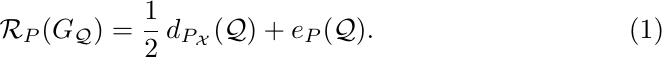
\begin{equation}
    \mathcal{R}_{P}(G_{\mathcal{Q}}) = \frac{1}{2}\,d_{P_{\mathcal{X}}}(\mathcal{Q}) + e_{P}(\mathcal{Q}).
\end{equation}